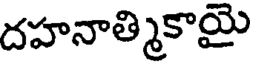
దహనాత్మికాయై